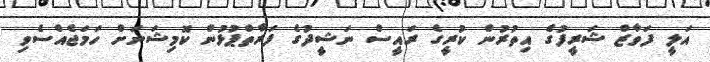
އަލީ ފަވާޒް ޝަރީފުގެ އިތުރުން ކުރީގެ ރައީސް ނަޝީދުގެ ފަރާތްޕުޅުން ކޮމިޝަނަށް ހަމަޖެއްސެވި